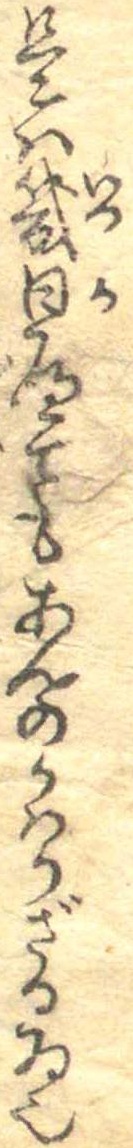
是は幾日へてもあんのかはらざる物也